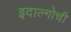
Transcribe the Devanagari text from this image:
इदाल्गोची